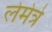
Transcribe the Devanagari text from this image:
लेमेत्रे